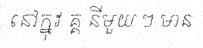
នៅក្នុវ គ្គ នីមួយ ៗ មាន